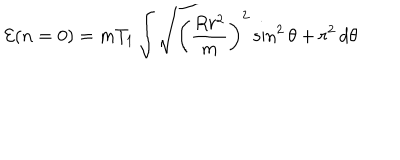
{ \cal E } ( n = 0 ) = m T _ { 1 } \int \sqrt { \bigg ( \frac { R r ^ { 2 } } { m } \bigg ) ^ { 2 } \sin ^ { 2 } \theta + r ^ { 2 } } \, d \theta